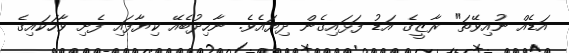
އަޑެއް ނުއިވޭތަ" ރާޒީގެ އަޑު ފަޅައިގެން ދިޔައެވެ. ނާހިދުބެއޭ ކިޔާފައި ފެށި ވާހަކައިގެ